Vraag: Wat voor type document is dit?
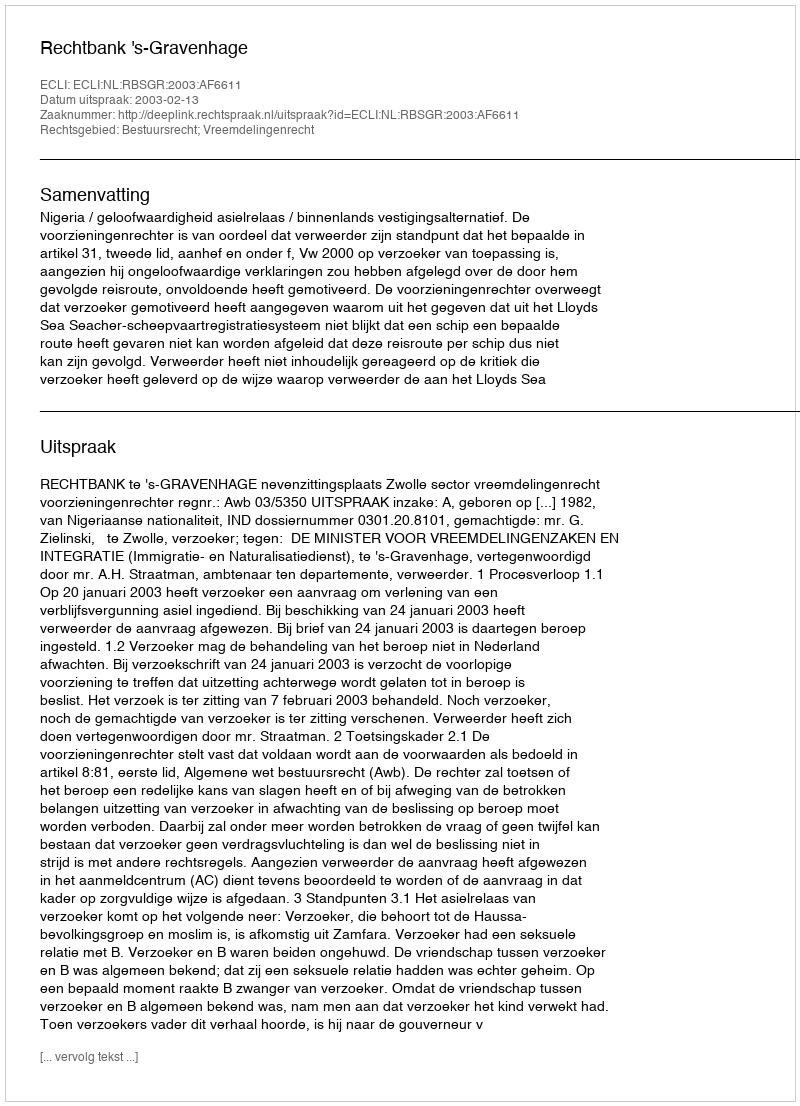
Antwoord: Uitspraak